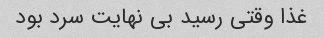
غذا وقتی رسید بی نهایت سرد بود